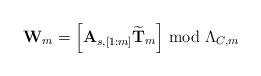
LaTeX: \begin{align*}\mathbf{W}_m = \left[ \mathbf{A}_{s, [1:m]} \widetilde{\mathbf{T}}_m \right] \bmod \Lambda_{C,m}\end{align*}